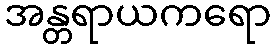
အန္တရာယကရော